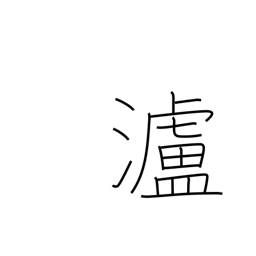
Meaning: name of river in China